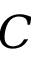
C